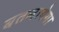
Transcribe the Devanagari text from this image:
बतलायेगा